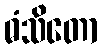
ဓံသိတော